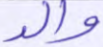
والد